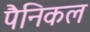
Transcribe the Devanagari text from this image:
पैनिकल